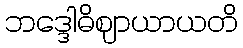
ဘဒ္ဒေါဓိဈာယာယတိ